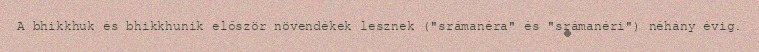
A bhikkhuk és bhikkhunik először növendékek lesznek ("srámanéra" és "srámanéri") néhány évig.